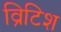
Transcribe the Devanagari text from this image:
व्रिटिश